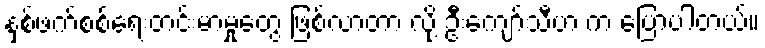
နှစ်ဖက်စစ်ရေးတင်းမာမှုတွေ ဖြစ်လာတာ လို့ ဦးကျော်သီဟ က ပြောပါတယ်။